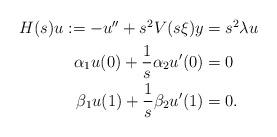
LaTeX: \begin{align*} \begin{aligned}H(s) u := -u'' + s^2 V(s \xi) y &= s^2 \lambda u \\\alpha_1 u(0) + \frac{1}{s} \alpha_2 u'(0) &= 0 \\\beta_1 u(1) + \frac{1}{s}\beta_2 u'(1) &= 0.\end{aligned}\end{align*}